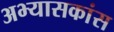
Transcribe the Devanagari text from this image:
अभ्यासकांस